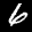
Label: 6